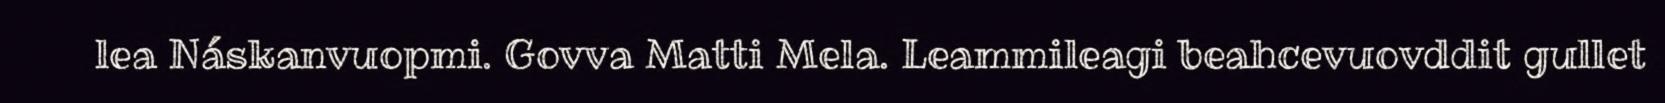
lea Náskanvuopmi. Govva Matti Mela. Leammileagi beahcevuovddit gullet